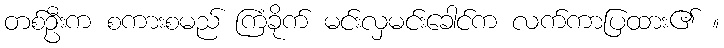
တစ်ဦးက စကားစမည် ကြံခိုက် မင်းလှမင်းခေါင်က လက်ကာပြထား၏ ။